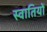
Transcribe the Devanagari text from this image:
स्वातियों